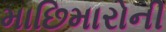
માછિમારોની